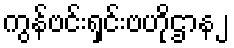
ကွန်ဗင်းရှင်းဗဟိုဌာန၂